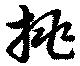
挑